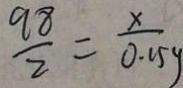
\frac { 9 8 } { 2 } = \frac { x } { 0 . 1 5 y }